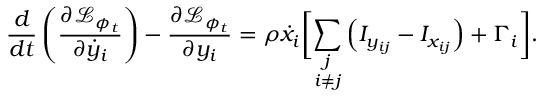
\frac { d } { d t } \left( \frac { \partial \mathcal { L } _ { \phi _ { t } } } { \partial \dot { y } _ { i } } \right) - \frac { \partial \mathcal { L } _ { \phi _ { t } } } { \partial y _ { i } } = \rho \dot { x } _ { i } \biggr [ \underset { i \neq j } { \sum _ { j } } \left( I _ { y _ { i j } } - I _ { x _ { i j } } \right) + \Gamma _ { i } \biggr ] .